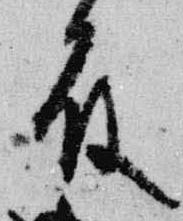
殿